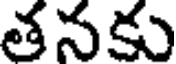
తనకు